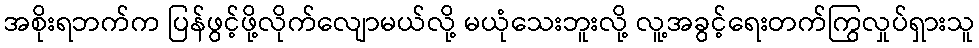
အစိုးရဘက်က ပြန်ဖွင့်ဖို့လိုက်လျောမယ်လို့ မယုံသေးဘူးလို့ လူ့အခွင့်ရေးတက်ကြွလှုပ်ရှားသူ